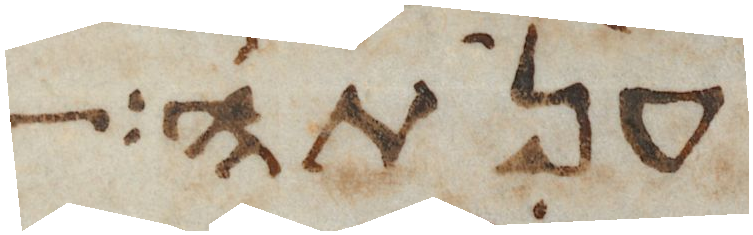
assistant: ענתה